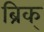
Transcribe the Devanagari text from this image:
ब्रिक्